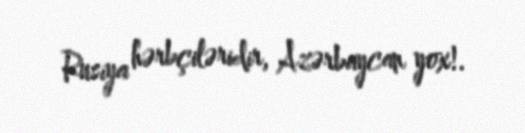
Rusiya hərbçiləridir, Azərbaycan yox!.